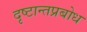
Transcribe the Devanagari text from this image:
दृष्टान्तप्रबोध